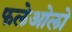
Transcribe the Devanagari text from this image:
फलेओलो